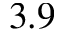
3 . 9